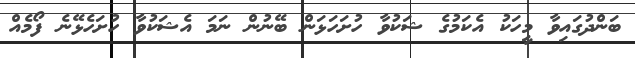
ބަންދުގައިވާ މީހަކު އެކަމުގެ ޝަކުވާ ހުށަހަޅަން ބޭނުން ނަމަ އެޝަކުވާ ހުށަހެޅޭނެ ފޯމެއް